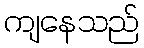
ကျနေသည်